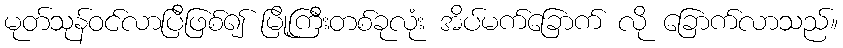
မုတ်သုန်ဝင်လာပြီဖြစ်၍ မြို့ကြီးတစ်ခုလုံး အိပ်မက်ခြောက် လို ခြောက်လာသည်။